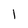
Character: l